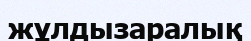
жұлдызаралық